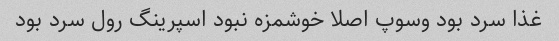
غذا سرد بود وسوپ اصلا خوشمزه نبود اسپرینگ رول سرد بود